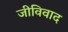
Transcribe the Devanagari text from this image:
जीविवाद